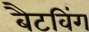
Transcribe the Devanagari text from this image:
बैटविंग